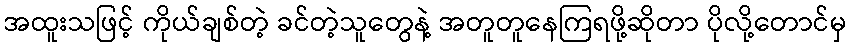
အထူးသဖြင့် ကိုယ်ချစ်တဲ့ ခင်တဲ့သူတွေနဲ့ အတူတူနေကြရဖို့ဆိုတာ ပိုလို့တောင်မှ